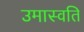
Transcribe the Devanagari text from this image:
उमास्वति